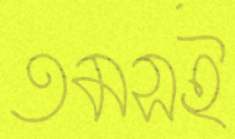
তমসই